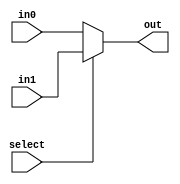
module mux_2_32(out, select, in0, in1);
    input select;
    input [31:0] in0, in1;
    output [31:0] out;
    assign out = select ? in1 : in0;
endmodule